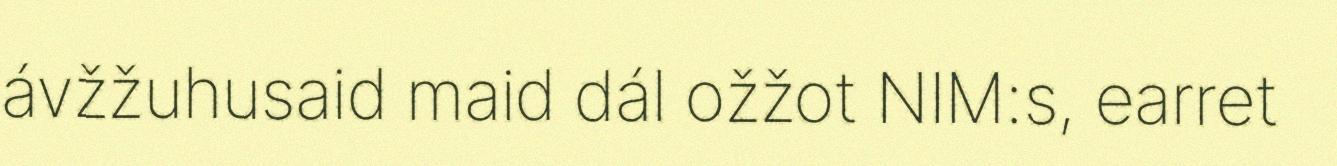
ávžžuhusaid maid dál ožžot NIM:s, earret